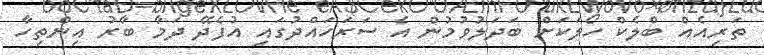
ތަރިއެއް ބްލެކް ހޯލަކަށް ބަދަލުވުމުން އެ ސަރަހައްދުގައި އުފެދޭ ދަމާ ބާރު އިންތިހާ